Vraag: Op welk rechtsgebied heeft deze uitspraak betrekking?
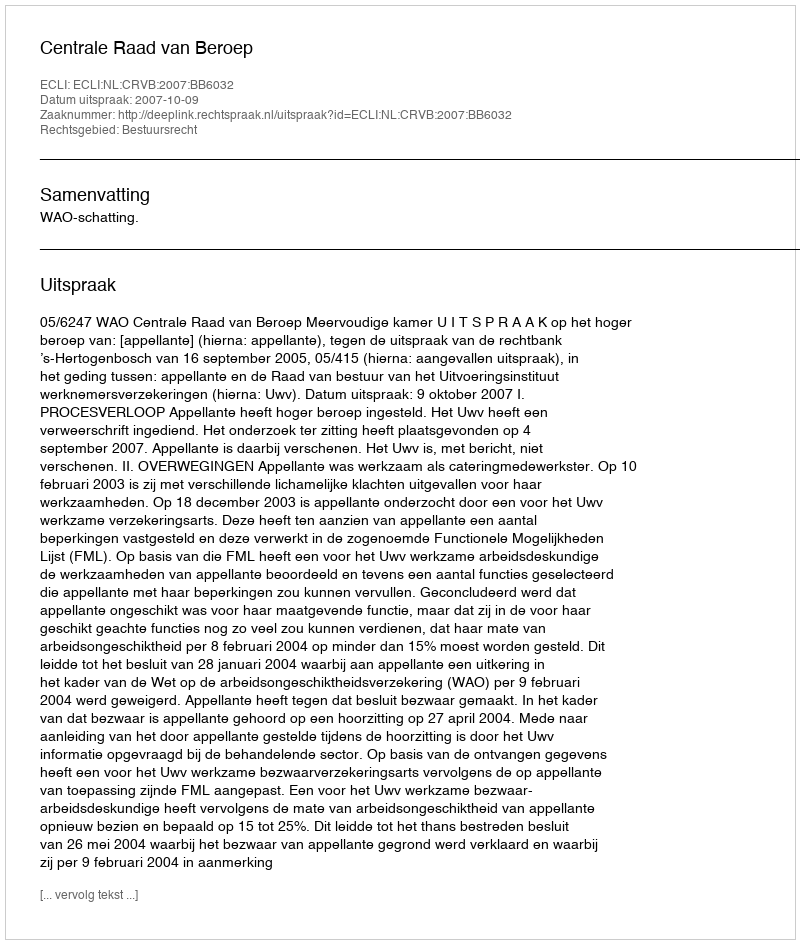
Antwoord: Bestuursrecht